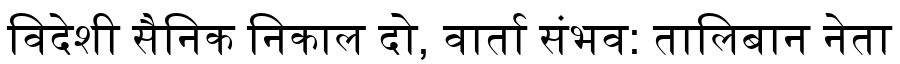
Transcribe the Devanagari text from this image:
विदेशी सैनिक निकाल दो, वार्ता संभव: तालिबान नेता